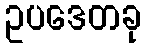
ဥပဒေတခု